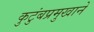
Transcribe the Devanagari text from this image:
कुटुंबप्रमुखाने